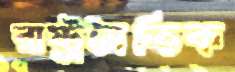
রাষ্ট্রনৈতিক